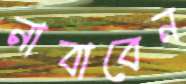
নাবাবেন